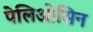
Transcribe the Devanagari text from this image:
पेलिओसिन